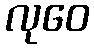
လုဝေ